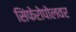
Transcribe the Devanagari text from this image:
सिंफेरोपोलवर